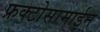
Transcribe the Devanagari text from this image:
फ्रक्टोसामाईन